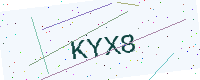
Text: KYX8